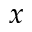
x